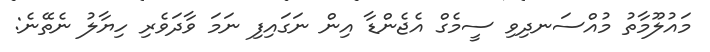
މައުލޫމާތު މުއްސަނދިވި ސީމެގް އެޖެންޑާ އިން ނަގައިފި ނަމަ ވާދަވެރި ހިޔާލު ނެތޭނެ: